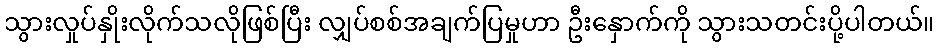
သွားလှုပ်နှိုးလိုက်သလိုဖြစ်ပြီး လျှပ်စစ်အချက်ပြမှုဟာ ဦးနှောက်ကို သွားသတင်းပို့ပါတယ်။